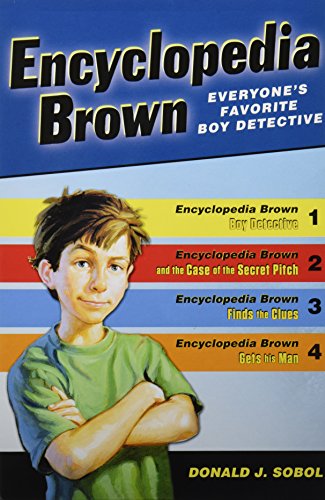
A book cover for Encyclopedia Brown Box Set (4 Books); Donald J. Sobol; Teen & Young Adult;